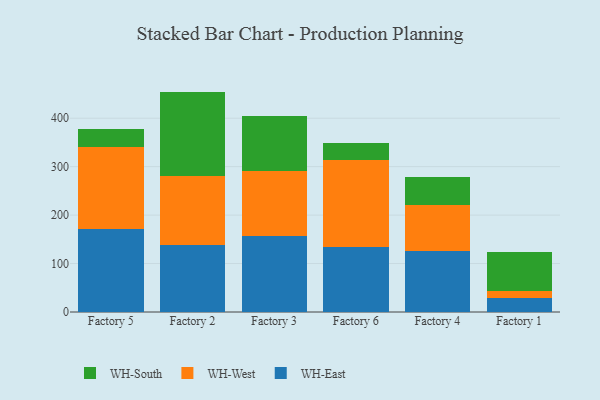
{"axis": {"x": "Factory", "y": "Gross Profit (USD K)"}, "legend": ["WH-East", "WH-South", "WH-West"], "data": [{"x": "Factory 5", "y": 170.6, "type": "WH-East"}, {"x": "Factory 5", "y": 169.2, "type": "WH-West"}, {"x": "Factory 5", "y": 38.7, "type": "WH-South"}, {"x": "Factory 2", "y": 138.2, "type": "WH-East"}, {"x": "Factory 2", "y": 141.6, "type": "WH-West"}, {"x": "Factory 2", "y": 175.1, "type": "WH-South"}, {"x": "Factory 3", "y": 156.8, "type": "WH-East"}, {"x": "Factory 3", "y": 133.7, "type": "WH-West"}, {"x": "Factory 3", "y": 113.2, "type": "WH-South"}, {"x": "Factory 6", "y": 135.1, "type": "WH-East"}, {"x": "Factory 6", "y": 178.8, "type": "WH-West"}, {"x": "Factory 6", "y": 34.2, "type": "WH-South"}, {"x": "Factory 4", "y": 126.6, "type": "WH-East"}, {"x": "Factory 4", "y": 93.5, "type": "WH-West"}, {"x": "Factory 4", "y": 58.6, "type": "WH-South"}, {"x": "Factory 1", "y": 28.5, "type": "WH-East"}, {"x": "Factory 1", "y": 14.9, "type": "WH-West"}, {"x": "Factory 1", "y": 81.2, "type": "WH-South"}]}